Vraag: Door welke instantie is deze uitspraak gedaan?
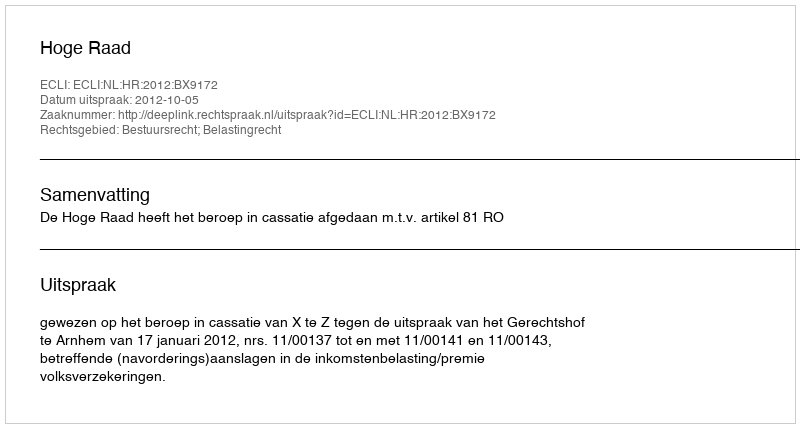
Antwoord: Hoge Raad